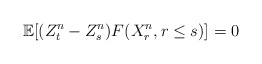
\begin{align*}\mathbb E[(Z^n_t-Z^n_s)F(X_r^n,r\leq s)]=0\end{align*}